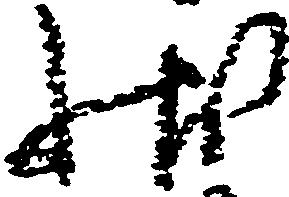
状